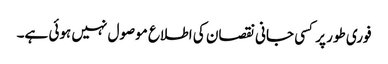
فوری طور پر کسی جانی نقصان کی اطلاع موصول نہیں ہوئی ہے۔